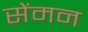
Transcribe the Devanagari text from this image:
सेंमन